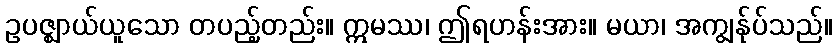
ဥပဇ္ဈာယ်ယူသော တပည့်တည်း။ ဣမဿ၊ ဤရဟန်းအား။ မယာ၊ အကျွန်ုပ်သည်။